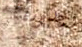
وجدونا